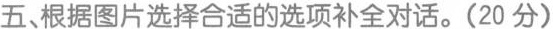
五 根据图片选择合适的选项补全对话.(20 分)